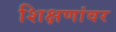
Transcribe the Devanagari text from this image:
शिक्षणांवर